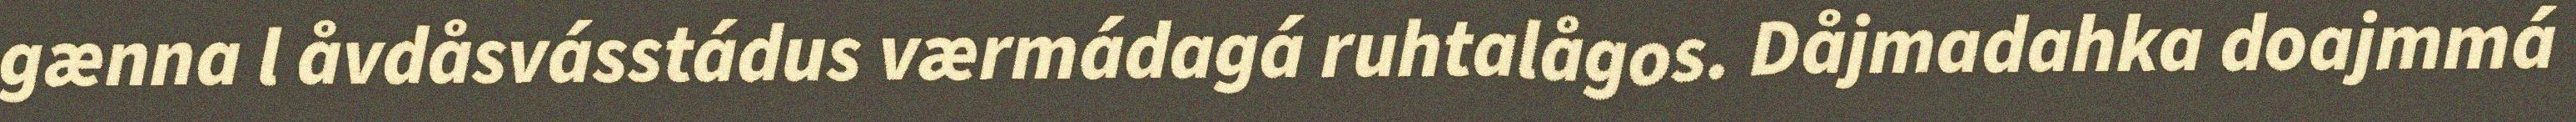
gænna l åvdåsvásstádus værmádagá ruhtalågos. Dåjmadahka doajmmá